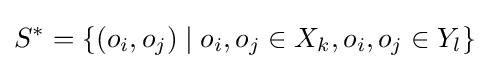
S^{*}=\{(o_{i},o_{j})\mid o_{i},o_{j}\in X_{k},o_{i},o_{j}\in Y_{l}\}